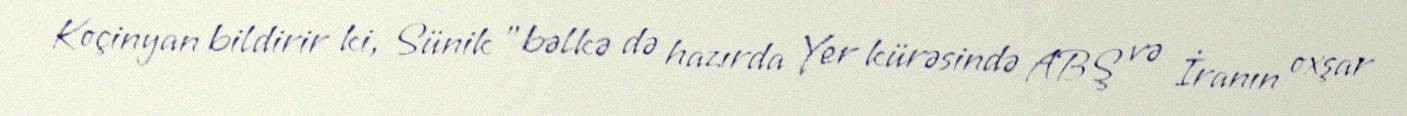
Koçinyan bildirir ki, Sünik "bəlkə də hazırda Yer kürəsində ABŞ və İranın oxşar